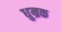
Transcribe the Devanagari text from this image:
धुम्रक